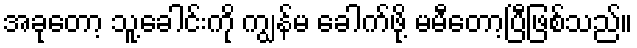
အခုတော့ သူ့ခေါင်းကို ကျွန်မ ခေါက်ဖို့ မမီတော့ပြီဖြစ်သည်။